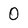
Character: 0